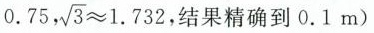
0.75, \sqrt{3}\approx 1.732，结果精确到0.1m)